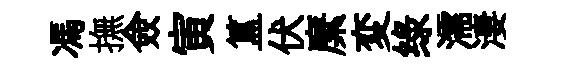
馮撫僉寅簋伏縻変绿濡淒